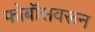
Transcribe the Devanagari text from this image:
फोबॉसवरून